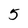
Character: 5